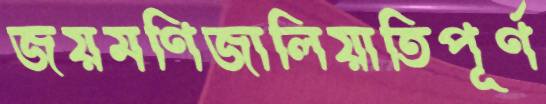
জয়মণিজালিয়াতিপূর্ণ